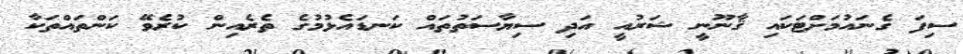
ސިފަ ގެނައުމަށްޓަކައި ޤާނޫނީ ޝަރުއީ އަދި ސިޔާސަތުތައް ކަނޑައެޅުމުގެ ތެރެއިން ކުރެވޭ ކަންތައްތަކާ